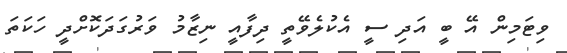
ވިޓަމިން އޭ ބީ އަދި ސީ އެކުލެވޭތީ ދިފާއީ ނިޒާމު ވަރުގަދަކޮށްދީ ހަކަތަ